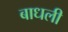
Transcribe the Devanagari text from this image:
बाधली